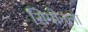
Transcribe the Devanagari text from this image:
सिमोनला